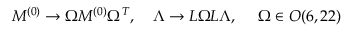
M ^ { ( 0 ) } \to \Omega M ^ { ( 0 ) } \Omega ^ { T } , \ \ \ \Lambda \to L \Omega L \Lambda , \ \ \ \ \Omega \in O ( 6 , 2 2 )